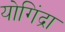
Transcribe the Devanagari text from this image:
योगिंद्रा